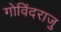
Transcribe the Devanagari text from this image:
गोविंदराजु